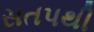
સતપથી